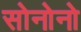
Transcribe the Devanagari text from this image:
सोनोनो